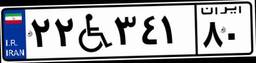
۲۲W۳۴۱۸۰